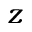
z